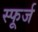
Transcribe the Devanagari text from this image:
स्फूर्ज